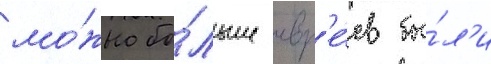
мо́жно бо́льше евр'е́ев бы́л'и